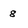
Character: 8